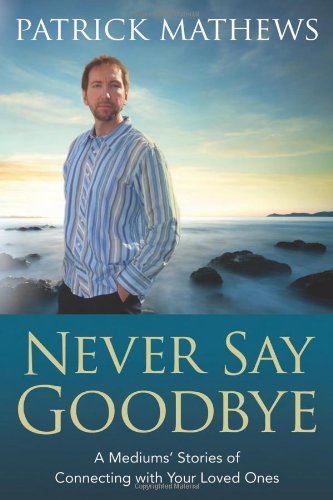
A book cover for Never Say Goodbye: A Medium's Stories of Connecting With Your Loved Ones; Patrick Mathews; Religion & Spirituality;